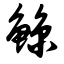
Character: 鲸